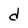
Character: d